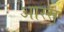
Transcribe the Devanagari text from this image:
आस्स